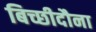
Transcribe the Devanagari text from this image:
बिच्छीदौना